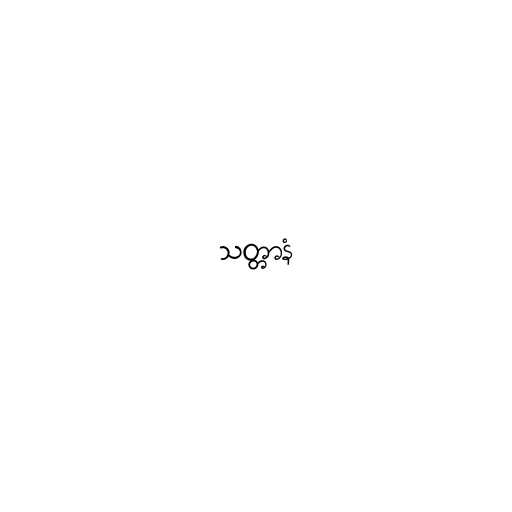
သတ္တာနံ